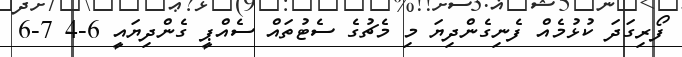
ފޯރިގަދަ ކުޅުމެއް ފެނިގެންދިޔަ މި މެޗުގެ ސެޓުތައް ސެއްޕީ ގެންދިޔައީ 6-4 7-6